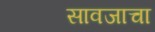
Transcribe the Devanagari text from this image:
सावजाचा